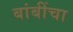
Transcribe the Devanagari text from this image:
बांबींचा